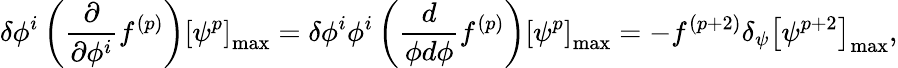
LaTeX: \delta\phi^{i}\left(\frac{\partial}{\partial\phi^{i}}f^{(p)}\right)\left[\psi^{p}\right]_{\mathrm{max}}=\delta\phi^{i}\phi^{i}\left(\frac{d}{\phi d\phi}f^{(p)}\right)\left[\psi^{p}\right]_{\mathrm{max}}=-f^{(p+2)}\delta_{\psi}\left[\psi^{p+2}\right]_{\mathrm{max}},